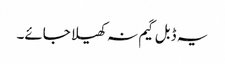
یہ ڈبل گیم نہ کھیلا جائے۔